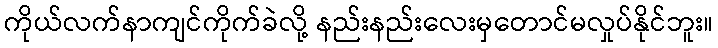
ကိုယ်လက်နာကျင်ကိုက်ခဲလို့ နည်းနည်းလေးမှတောင်မလှုပ်နိုင်ဘူး။